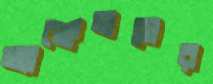
অ্যাঞ্জেলসের